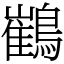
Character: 䳽